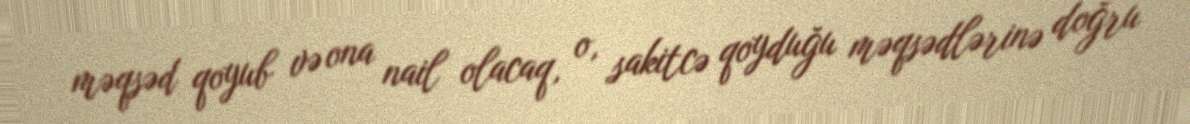
məqsəd qoyub və ona nail olacaq, o, sakitcə qoyduğu məqsədlərinə doğru